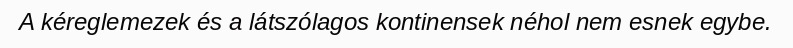
A kéreglemezek és a látszólagos kontinensek néhol nem esnek egybe.